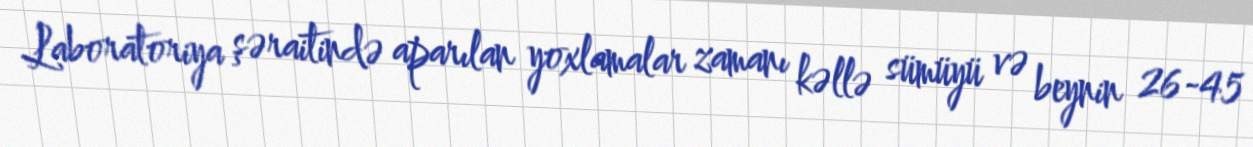
Laboratoriya şəraitində aparılan yoxlamalar zamanı kəllə sümüyü və beynin 26-45